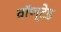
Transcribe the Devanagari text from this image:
वॉण्टेड